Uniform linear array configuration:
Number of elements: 32
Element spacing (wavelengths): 0.5
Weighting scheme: hamming
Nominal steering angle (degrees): -45
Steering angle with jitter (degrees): -45.582
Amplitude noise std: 0.05
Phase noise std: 0.05

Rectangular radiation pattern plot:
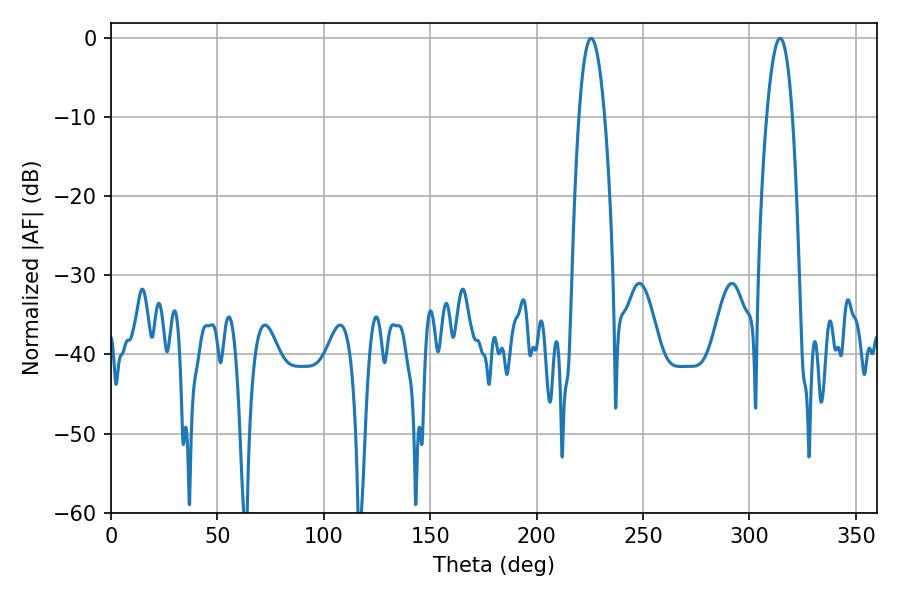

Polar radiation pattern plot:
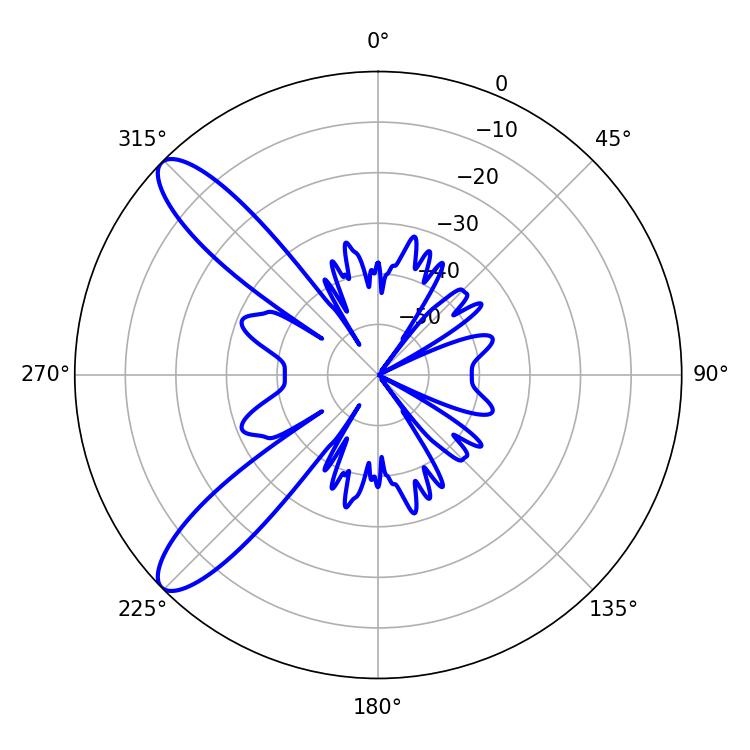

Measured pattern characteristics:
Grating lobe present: FALSE
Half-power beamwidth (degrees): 6.66
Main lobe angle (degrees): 225.54